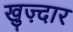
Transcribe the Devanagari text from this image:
खुज़्दार